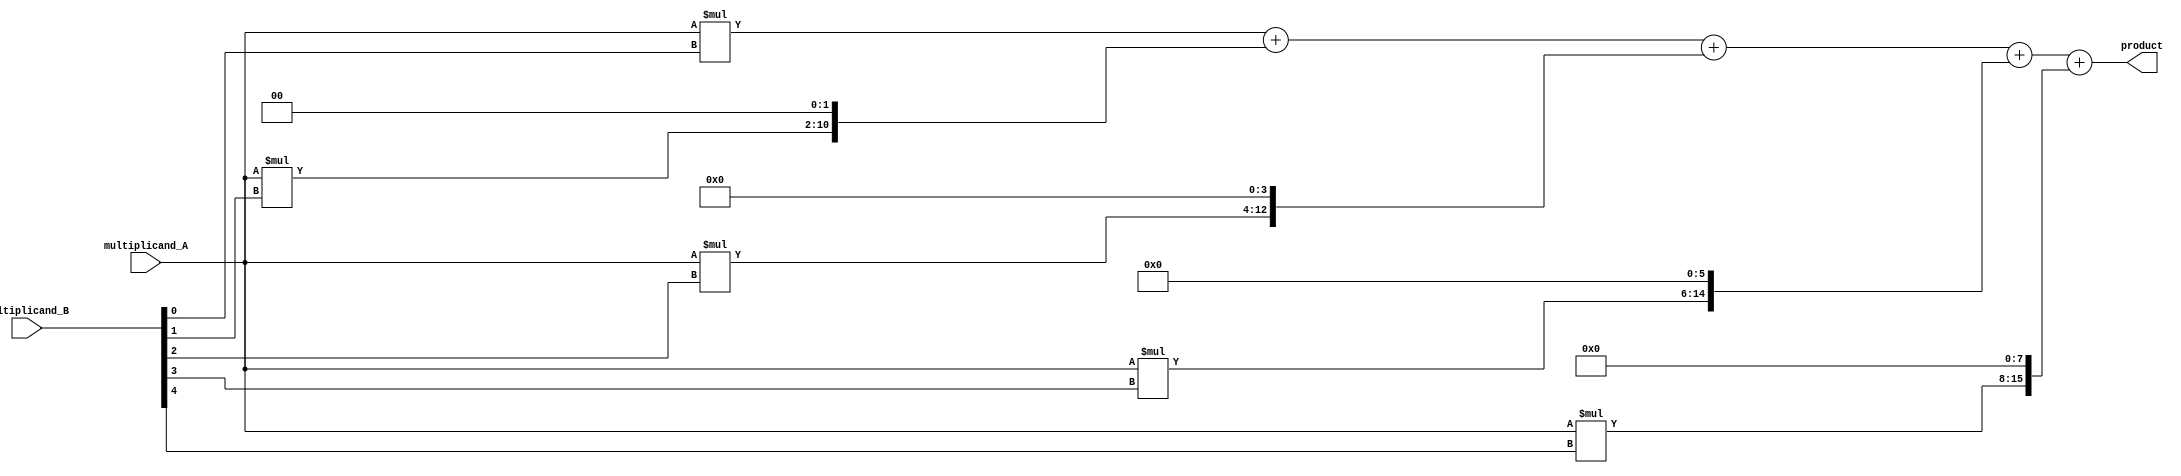
module CarrySaveMultiplier (
    input wire [7:0] multiplicand_A,
    input wire [7:0] multiplicand_B,
    output wire [15:0] product
);

wire [15:0] partial_product_1;
wire [15:0] partial_product_2;
wire [15:0] partial_product_3;
wire [15:0] partial_product_4;
wire [15:0] partial_product_5;

// Generate partial products
assign partial_product_1 = multiplicand_A * multiplicand_B[0];
assign partial_product_2 = multiplicand_A * multiplicand_B[1];
assign partial_product_3 = multiplicand_A * multiplicand_B[2];
assign partial_product_4 = multiplicand_A * multiplicand_B[3];
assign partial_product_5 = multiplicand_A * multiplicand_B[4];

// Accumulate partial products
assign product = partial_product_1 + (partial_product_2 << 2) + (partial_product_3 << 4) + (partial_product_4 << 6) + (partial_product_5 << 8);

endmodule